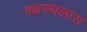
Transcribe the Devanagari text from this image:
वक्षस्थळास